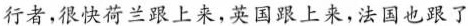
行者，很快荷兰跟上来，英国跟上来，法国也跟了